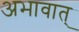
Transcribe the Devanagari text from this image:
अभावात्